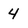
Character: 4